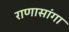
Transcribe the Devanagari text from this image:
राणासांगा